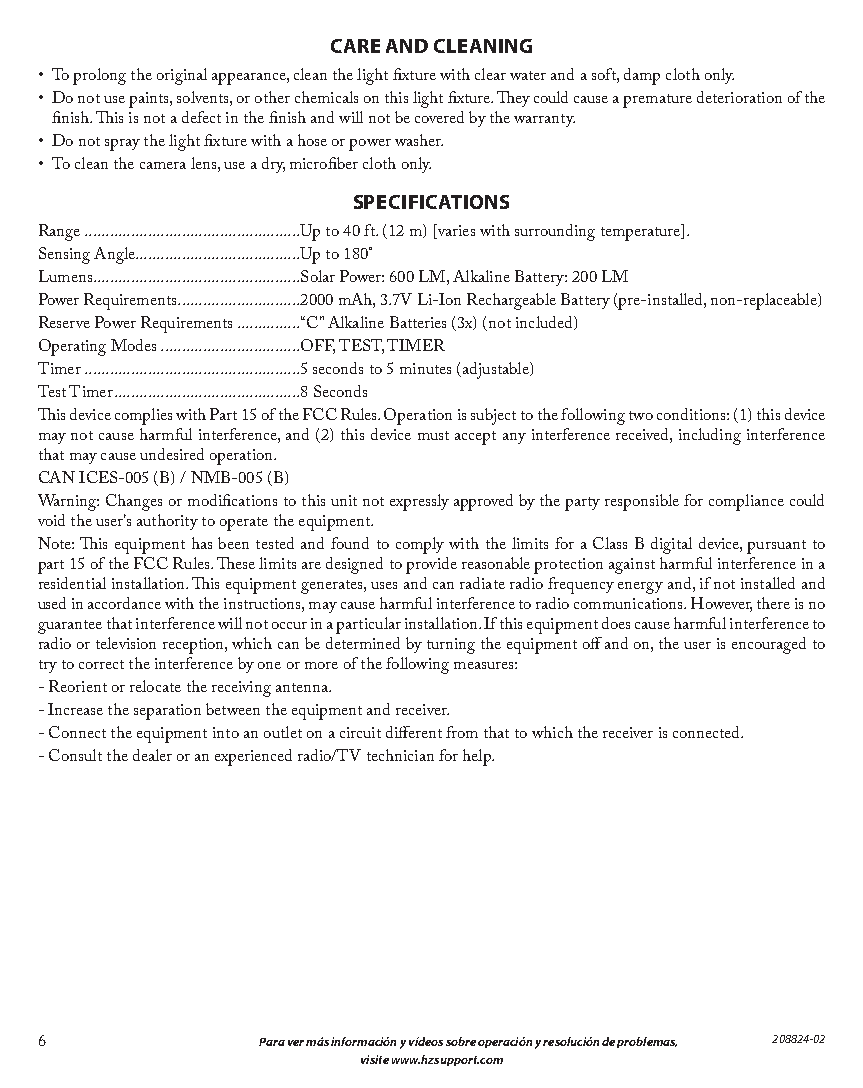
CARE AND CLEANING
 • To prolong the original appearance, clean the light fixture with clear water and a soft, damp cloth only.
 • Do not use paints, solvents, or other chemicals on this light fixture. They could cause a premature deterioration of the
 finish. This is not a defect in the finish and will not be covered by the warranty.
 • Do not spray the light fixture with a hose or power washer.
 • To clean the camera lens, use a dry, microfiber cloth only.
 SPECIFICATIONS
 Range ...................................................Up to 40 ft. (12 m) [varies with surrounding temperature].
 Sensing Angle.......................................Up to 180°
 Lumens .................................................Solar Power: 600 LM, Alkaline Battery: 200 LM
 Power Requirements .............................2000 mAh, 3.7V Li-Ion Rechargeable Battery (pre-installed, non-replaceable)
 Reserve Power Requirements ...............“C” Alkaline Batteries (3x) (not included)
 Operating Modes .................................OFF, TEST, TIMER
 Timer ...................................................5 seconds to 5 minutes (adjustable)
 Test Timer ............................................8 Seconds
 This device complies with Part 15 of the FCC Rules. Operation is subject to the following two conditions: (1) this device
 may not cause harmful interference, and (2) this device must accept any interference received, including interference
 that may cause undesired operation.
 CAN ICES-005 (B) / NMB-005 (B)
 Warning: Changes or modifications to this unit not expressly approved by the party responsible for compliance could
 void the user’s authority to operate the equipment.
 Note: This equipment has been tested and found to comply with the limits for a Class B digital device, pursuant to
 part 15 of the FCC Rules. These limits are designed to provide reasonable protection against harmful interference in a
 residential installation. This equipment generates, uses and can radiate radio frequency energy and, if not installed and
 used in accordance with the instructions, may cause harmful interference to radio communications. However, there is no
 guarantee that interference will not occur in a particular installation. If this equipment does cause harmful interference to
 radio or television reception, which can be determined by turning the equipment off and on, the user is encouraged to
 try to correct the interference by one or more of the following measures:
 - Reorient or relocate the receiving antenna.
 - Increase the separation between the equipment and receiver.
 - Connect the equipment into an outlet on a circuit different from that to which the receiver is connected.
 - Consult the dealer or an experienced radio/TV technician for help.
 6              Para ver más información y vídeos sobre operación y resolución de problemas, 208824-02
 visite www.hzsupport.com